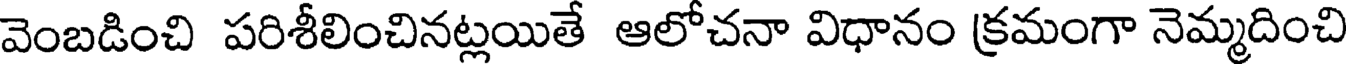
వెంబడించి పరిశీలించినట్లయితే ఆలోచనా విధానం క్రమంగా నెమ్మదించి